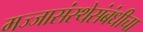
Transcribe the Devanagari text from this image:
मज्जासंस्थेसंबंधीचा